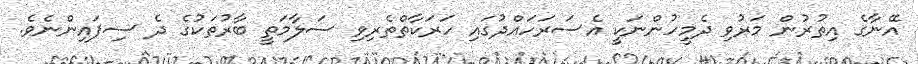
އޭނާގެ އިތުރުން މަރުވި ދެމީހުންނަކީ އެސަރަހައްދުގައި ހަރަކާތްތެރިވި ސަލާމަތީ ބާރުތަކުގެ ދެ ސިފައިންނެވެ.